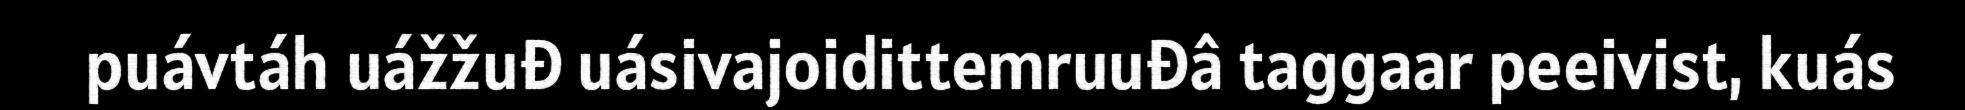
puávtáh uážžuđ uásivajoidittemruuđâ taggaar peeivist, kuás